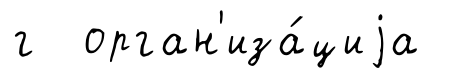
г орган'иза́циjа